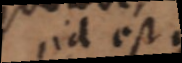
id est